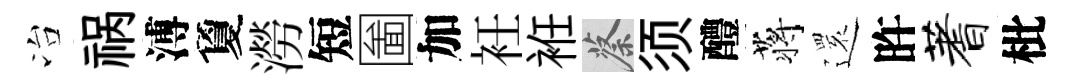
冶祸溥夐澇短圗加衽袵蔡须醴蒋𮟃旿蓍枇